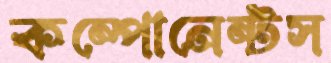
কম্পোনেন্টস